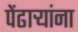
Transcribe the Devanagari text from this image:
पेंढाऱ्यांना